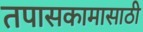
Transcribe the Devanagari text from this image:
तपासकामासाठी